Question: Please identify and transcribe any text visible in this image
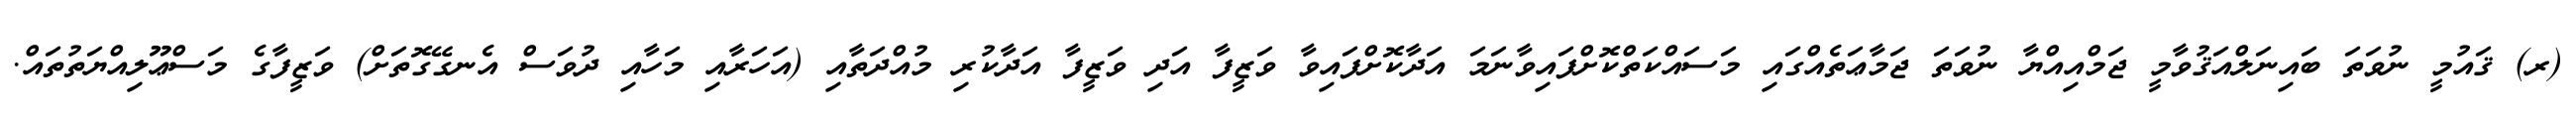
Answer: (ރ) ޤައުމީ ނުވަތަ ބައިނަލްއަޤުވާމީ ޖަމްއިއްޔާ ނުވަތަ ޖަމާޢަތެއްގައި މަސައްކަތްކޮށްފައިވާނަމަ އަދާކޮށްފައިވާ ވަޒީފާ އަދި ވަޒީފާ އަދާކުރި މުއްދަތާއި (އަހަރާއި މަހާއި ދުވަސް އެނގޭގޮތަށް) ވަޒީފާގެ މަސްޢޫލިއްޔަތުތައް.